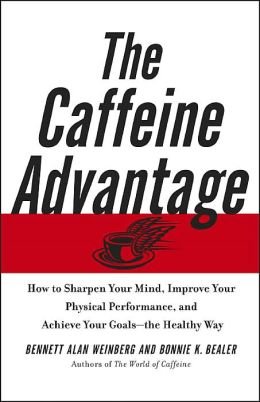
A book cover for Caffeine Advantage, How to Sharpen Your mind, Improve Your Physical Perfance & Achieve Your Goals - the Healthy Way; Bennett Alan & Bonnie Bealer Weinberg; Health, Fitness & Dieting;